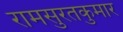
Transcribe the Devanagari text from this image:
रामसुरतकुमार